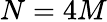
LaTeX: N=4M